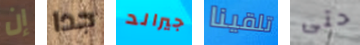
إن جدا جيرالد تلقينا حتى